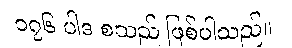
၁၇၆ ပါဒ စသည် ဖြစ်ပါသည်။